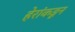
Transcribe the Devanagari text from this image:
हेरांकडून